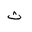
Letter: _tha